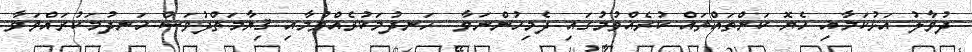
ދުވާލު އަޅުކަމާއި ހެޔޮ ކަންތައްތައް ކުރެއްވުމުގައި ދެމިހުންނަވާ  ހަނދުމަކުރެއްވުމާއި ޤިޔާމަތްދުވަސް ހަނދުމަކުރައްވަވާ